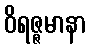
ဝိရဇ္ဇမာနာ